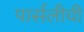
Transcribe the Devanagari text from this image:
पार्सलीची